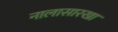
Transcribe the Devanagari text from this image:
नालासारखा